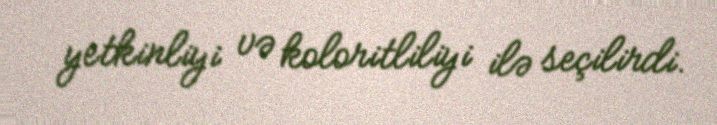
yetkinliyi və koloritliliyi ilə seçilirdi.